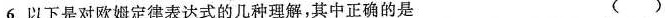
6.以下是对欧姆定律表达式的几种理解，其中正确的是（）